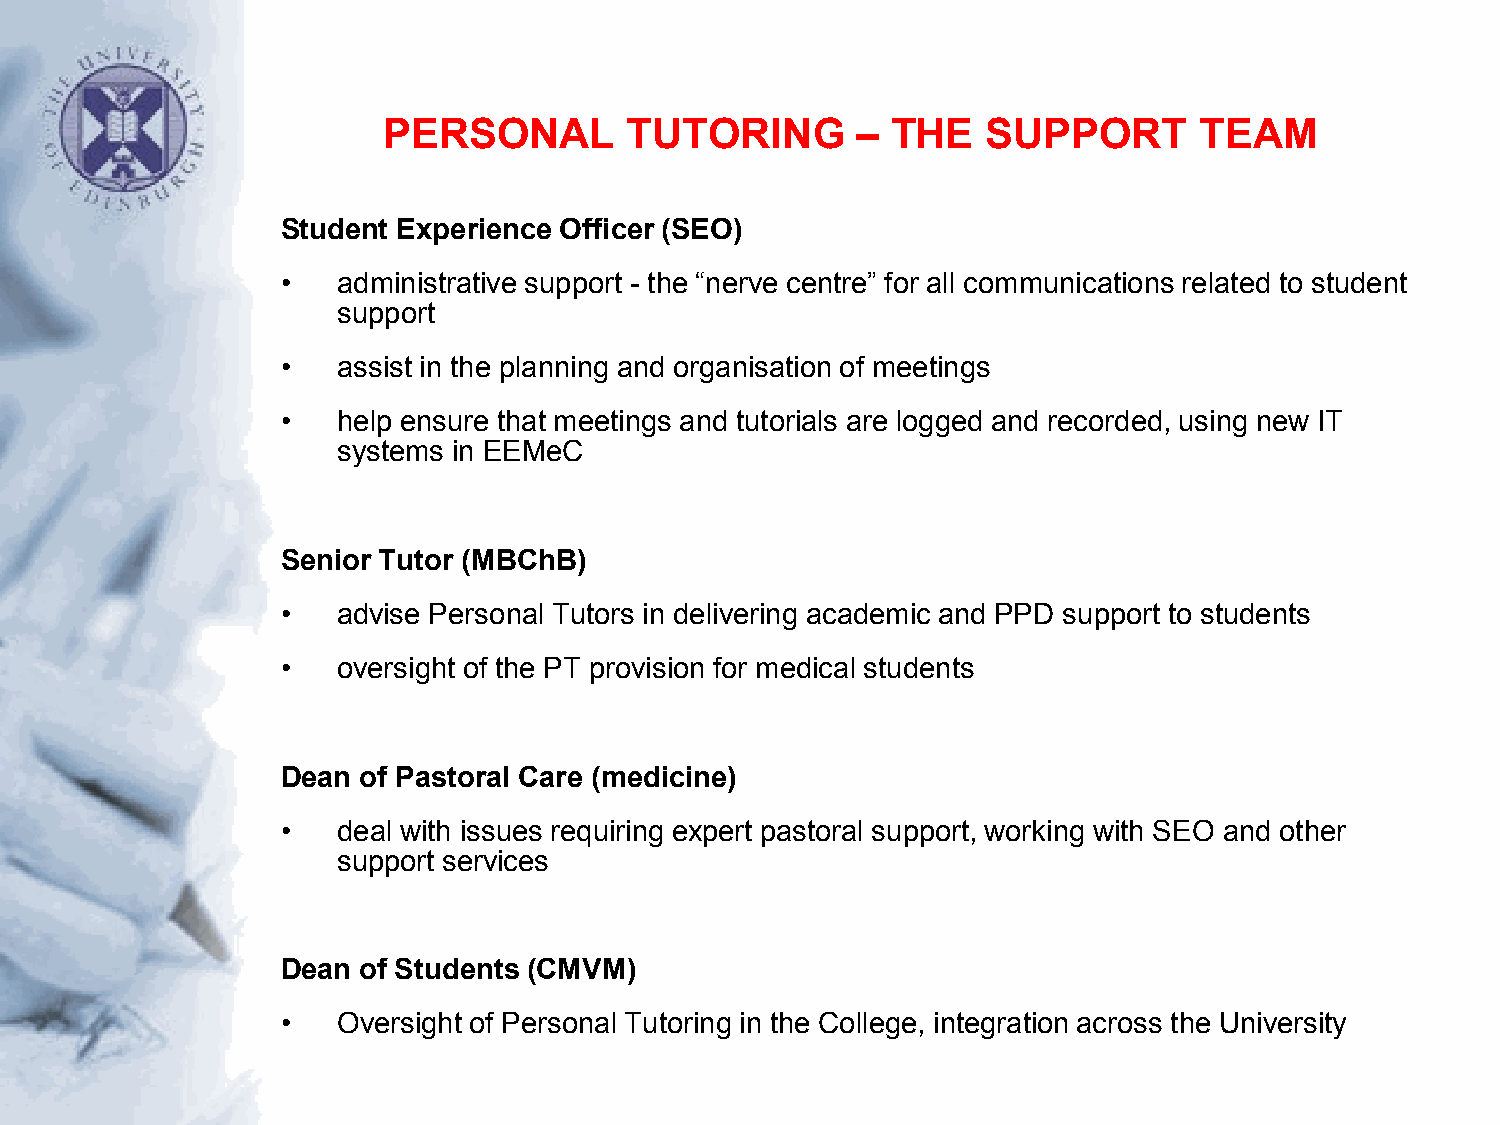
PERSONAL         TUTORING       – THE   SUPPORT       TEAM
 Student Experience Officer (SEO)
 •  administrative support - the “nerve centre” for all communications related to student
 support
 •  assist in the planning and organisation of meetings
 •  help ensure that meetings and tutorials are logged and recorded, using new IT
 systems in EEMeC
 Senior Tutor (MBChB)
 •  advise Personal Tutors in delivering academic and PPD support to students
 •  oversight of the PT provision for medical students
 Dean of Pastoral Care (medicine)
 •  deal with issues requiring expert pastoral support, working with SEO and other
 support services
 Dean of Students (CMVM)
 •  Oversight of Personal Tutoring in the College, integration across the University